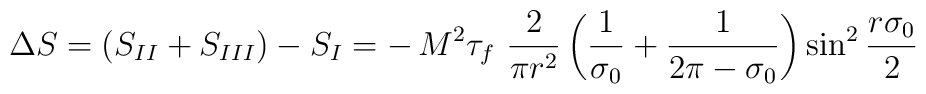
\Delta S = (S_{II} + S_{III}) - S_{I} = - \,   M^2\tau_f~ \frac{2}{\pi r^2}\left( \frac{1}{\sigma_0} + \frac{1}{2 \pi - \sigma_0} \right){\sin}^2 \, \frac{r\sigma_0}{2}